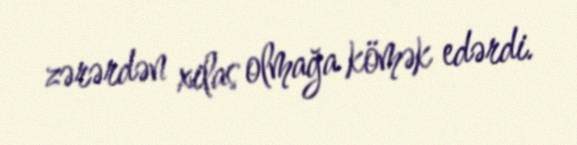
zərərdən xilas olmağa kömək edərdi.